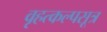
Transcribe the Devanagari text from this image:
वृहत्कल्पसूत्र